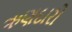
ઋણદારો